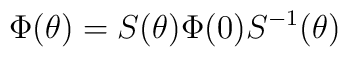
\Phi(\theta) = S(\theta) \Phi(0) S^{-1}(\theta)